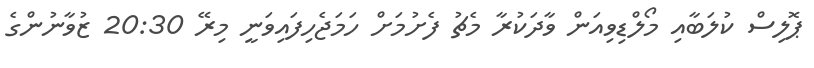
ޕޮލިސް ކުލަބާއި މޯލްޑިވިއަން ވާދަކުރާ މެޗު ފެށުމަށް ހަމަޖެހިފައިވަނީ މިރޭ 20:30 ޒުވާނުންގެ